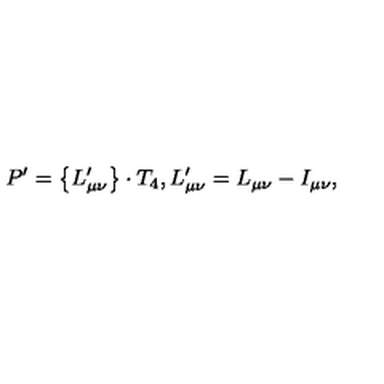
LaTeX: P ^ { \prime } = \left\{ L _ { \mu \nu } ^ { \prime } \right\} \cdot T _ { 4 } , L _ { \mu \nu } ^ { \prime } = L _ { \mu \nu } - I _ { \mu \nu } ,